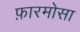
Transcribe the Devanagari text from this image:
फ़ारमोसा